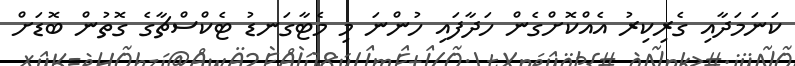
ކަނަމަދާއި ގެރިކިރު އެއްކޮށްގެން ހަދާފައި ހުންނަ މި މެޓާގަނޑު ޓެކްސްޗާގެ ގޮތުން ބޮޑަށް